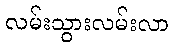
လမ်းသွားလမ်းလာ